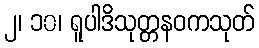
၂၊ ၁၀၊ ရူပါဒိသုတ္တနဝကသုတ်